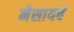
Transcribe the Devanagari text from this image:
नेसायचे